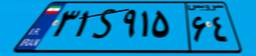
۷۷S۴۱۸۵۹